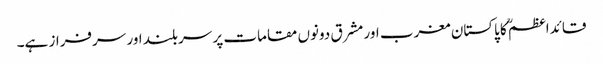
قائداعظمؒ کا پاکستان مغرب اور مشرق دونوں مقامات پر سربلند اور سرفراز ہے۔